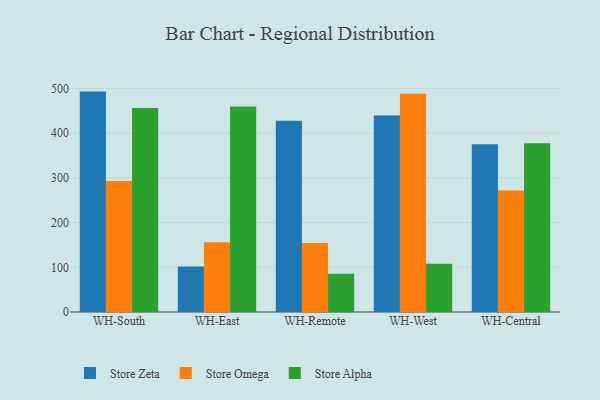
{"axis": {"x": "Warehouse", "y": "Churn Rate (%)"}, "legend": ["Store Alpha", "Store Omega", "Store Zeta"], "data": [{"x": "WH-South", "y": 493.1, "type": "Store Zeta"}, {"x": "WH-South", "y": 293.3, "type": "Store Omega"}, {"x": "WH-South", "y": 456.3, "type": "Store Alpha"}, {"x": "WH-East", "y": 102.0, "type": "Store Zeta"}, {"x": "WH-East", "y": 155.8, "type": "Store Omega"}, {"x": "WH-East", "y": 459.8, "type": "Store Alpha"}, {"x": "WH-Remote", "y": 428.0, "type": "Store Zeta"}, {"x": "WH-Remote", "y": 154.4, "type": "Store Omega"}, {"x": "WH-Remote", "y": 85.6, "type": "Store Alpha"}, {"x": "WH-West", "y": 439.4, "type": "Store Zeta"}, {"x": "WH-West", "y": 488.3, "type": "Store Omega"}, {"x": "WH-West", "y": 108.1, "type": "Store Alpha"}, {"x": "WH-Central", "y": 375.1, "type": "Store Zeta"}, {"x": "WH-Central", "y": 271.7, "type": "Store Omega"}, {"x": "WH-Central", "y": 377.7, "type": "Store Alpha"}]}